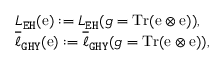
\begin{array} { r l } & { L _ { \mathtt { E H } } ( \mathrm { e } ) : = L _ { \mathtt { E H } } ( g = \mathrm { T r } ( \mathrm { e } \otimes \mathrm { e } ) ) , } \\ & { \overline { { \ell } } _ { \mathtt { G H Y } } ( \mathrm { e } ) : = \overline { { \ell } } _ { \mathtt { G H Y } } ( g = \mathrm { T r } ( \mathrm { e } \otimes \mathrm { e } ) ) , } \end{array}